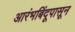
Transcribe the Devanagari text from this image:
आरंभबिंदूपासून